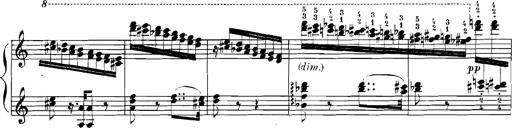
Title: Rhapsodies hongroises
Composer: Franz Liszt